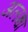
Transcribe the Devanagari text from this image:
अलक्षा